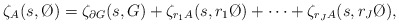
\begin{align*}\zeta_A(s,\O)=\zeta_{\partial G}(s,G)+\zeta_{r_1A}(s,r_1\O)+\cdots+\zeta_{r_JA}(s,r_J\O),\end{align*}